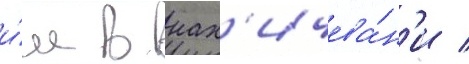
и́м в нах'ичева́н'и /